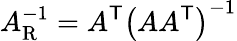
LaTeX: A_{\mathrm{R}}^{-1}=A^{\mathsf{T}}\left(AA^{\mathsf{T}}\right)^{-1}